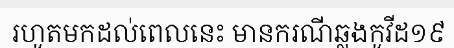
រហូតមកដល់ពេលនេះ មានករណីឆ្លងកូវីដ១៩